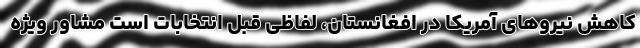
کاهش نیروهای آمریکا در افغانستان، لفاظی قبل انتخابات است مشاور ویژه